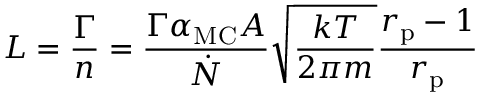
L = \frac { \Gamma } { n } = \frac { \Gamma \alpha _ { \mathrm { M C } } A } { \dot { N } } \sqrt { \frac { k T } { 2 \pi m } } \frac { r _ { \mathrm { p } } - 1 } { r _ { \mathrm { p } } }